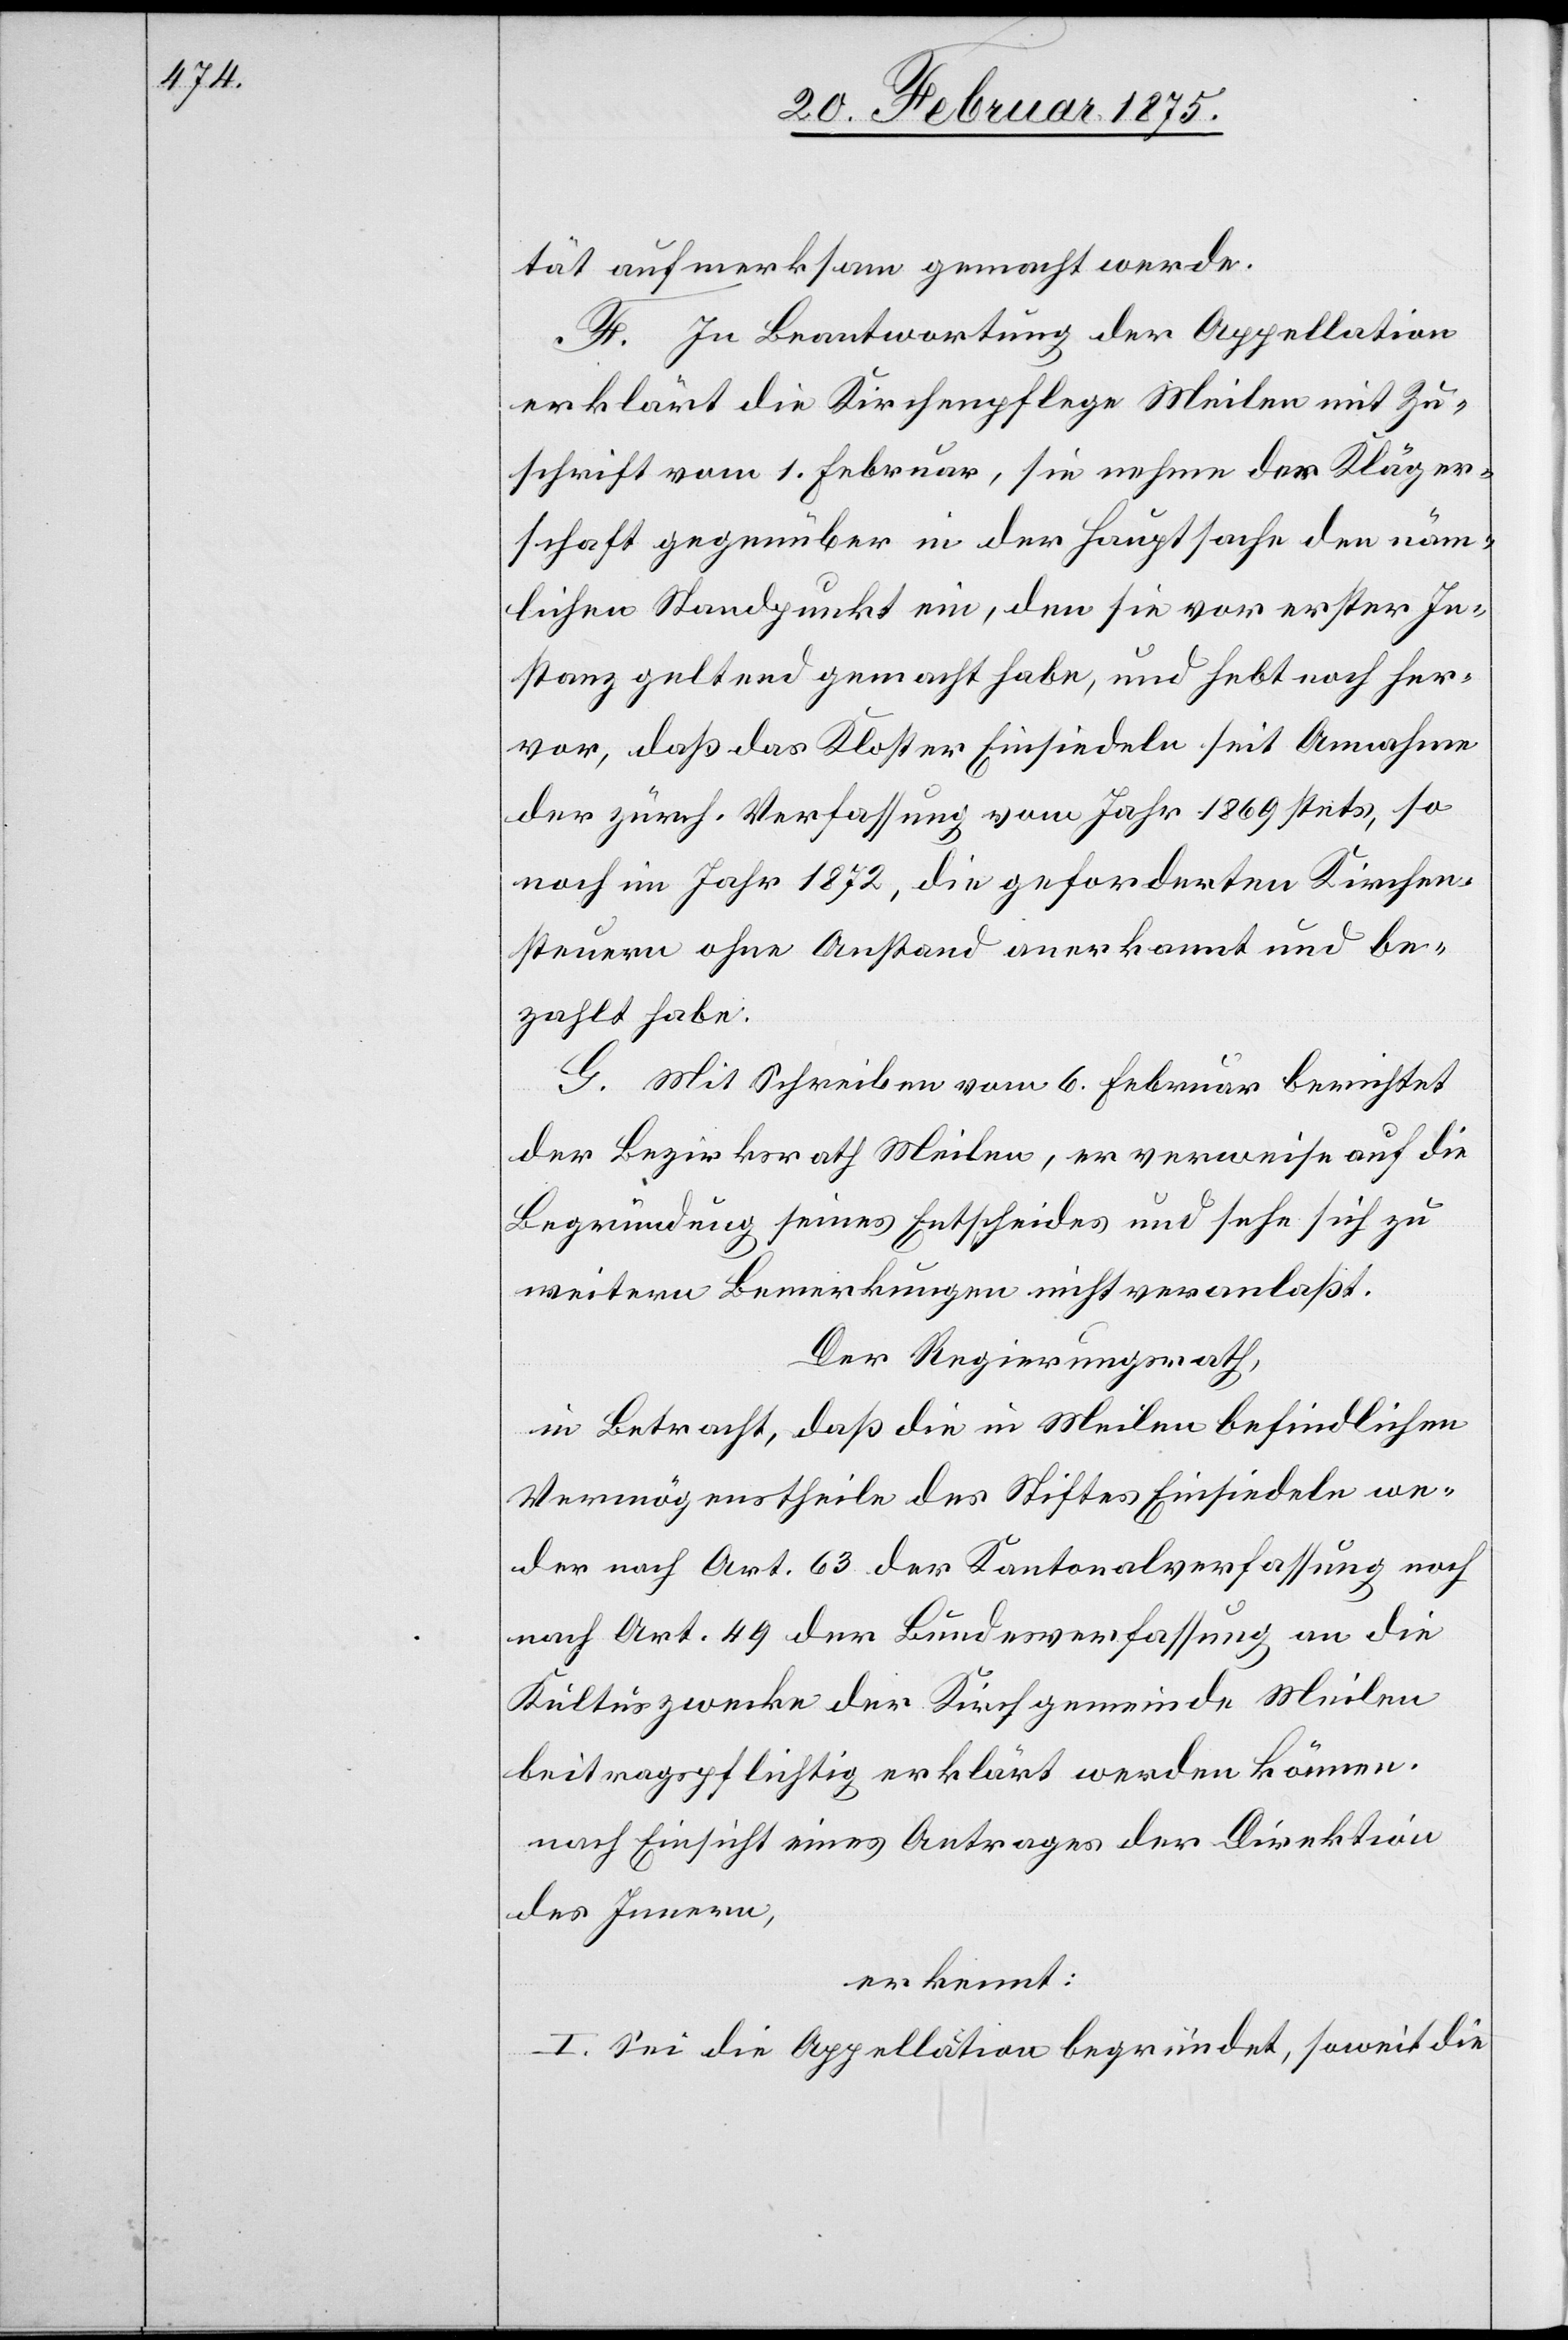
tät aufmerksam gemacht werde.
F. In Beantwortung der Appellation
erklärt die Kirchenpflege Meilen mit Zu¬
schrift vom 1. Februar, sie nehme der Kläger¬
schaft gegenüber in der Hauptsache den näm¬
lichen Standpunkt ein, den sie vor erster In¬
stanz geltend gemacht habe, und hebt noch her¬
vor, daß das Kloster Einsiedeln seit Annahme
der zürch. Verfassung vom Jahr 1869 stets, so
noch im Jahr 1872, die geforderten Kirchen¬
steuern ohne Anstand anerkennt und be¬
zahlt habe.
G. Mit Schreiben vom 6. Februar berichtet
der Bezirksrath Meilen, er verweise auf die
Begründung seines Entscheides und sehe sich zu
weitern Bemerkungen nicht veranlaßt.
Der Regierungsrath,
in Betracht, daß die in Meilen befindlichen
Vermögenstheile des Stiftes Einsiedeln we¬
der nach Art. 63 der Kantonalverfassung noch
nach Art. 49 der Bundesverfassung an die
Kultuszwecke der Kirchgemeinde Meilen
beitragspflichtig erklärt werden könne.
nach Einsicht eines Antrages der Direktion
des Innern,
erkennt:
I. Sei die Appellation begründet, soweit die